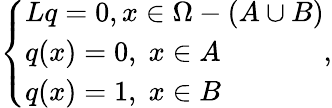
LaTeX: \left\{ \begin{array}{ll}{Lq=0,x\in\Omega-(A\cup B)}\\ {q(x)=0,\; x\in A}\\ {q(x)=1,\; x\in B}\end{array}\right.,